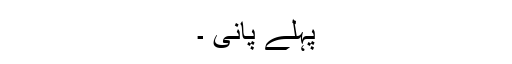
پہلے پانی ۔